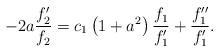
LaTeX: \begin{align*}-2a\frac{f_{2}^{\prime }}{f_{2}}=c_{1}\left( 1+a^{2}\right) \frac{f_{1}}{f_{1}^{\prime }}+\frac{f_{1}^{\prime \prime }}{f_{1}^{\prime }}. \end{align*}